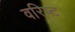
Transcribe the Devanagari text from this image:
वरिष्‍ट